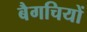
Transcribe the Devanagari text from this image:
बैगचियों